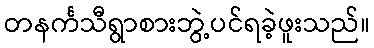
တနင်္ကသီရွာစားဘွဲ့ပင်ရခဲ့ဖူးသည်။